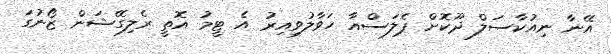
އޭނާ ނިއުކާސަލް ދޫކޮށް ޕެލަސްއާ ހަވާލުވިއިރު އެ ޓީމު އޮތީ ރެލިގޭޝަން ޒޯނުގަ